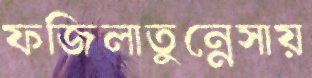
ফজিলাতুন্নেসায়